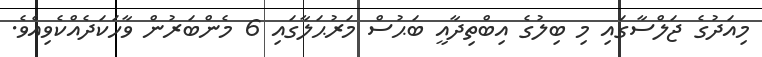
މިއަދުގެ ޖަލްސާގައި މި ބިލުގެ އިބްތިދާއީ ބަޙުސް މަރުޙަލާގައި 6 މެންބަރުން ވާހަކަދެއްކެވިއެވެ.